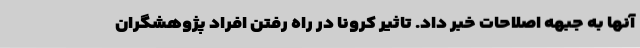
آنها به جبهه اصلاحات خبر داد. تاثیر کرونا در راه رفتن افراد پژوهشگران